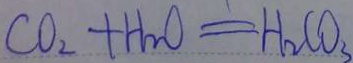
C O _ { 2 } + H _ { 2 } O = H _ { 2 } C O _ { 3 }